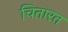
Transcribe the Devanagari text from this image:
चितारत